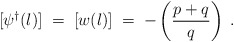
\begin{align*}[\psi^{\dagger}(l)] \;=\; [w(l)]\;=\; - \left( \frac{p+q}{q} \right) \;.\end{align*}